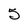
Character: 2